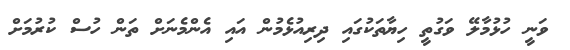
ވަނީ ހުޅުމާލޭ ވަގުތީ ހިޔާތަކުގައި ދިރިއުޅެމުން އައި އެންމެނަށް ތަން ހުސް ކުރުމަށް